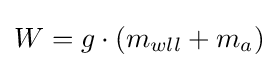
W=g\cdot (m_{wll}+m_{a})